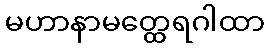
မဟာနာမတ္ထေရဂါထာ